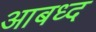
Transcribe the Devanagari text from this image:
आबध्द